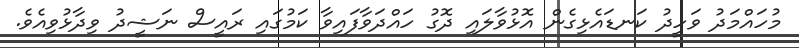
މުހައްމަދު ވަހީދު ކަނޑައެޅިގެން އޮޅުވާލައި ދޮގު ހައްދަވާފައިވާ ކަމުގައި ރައީސް ނަޝީދު ވިދާޅުވިއެވެ.